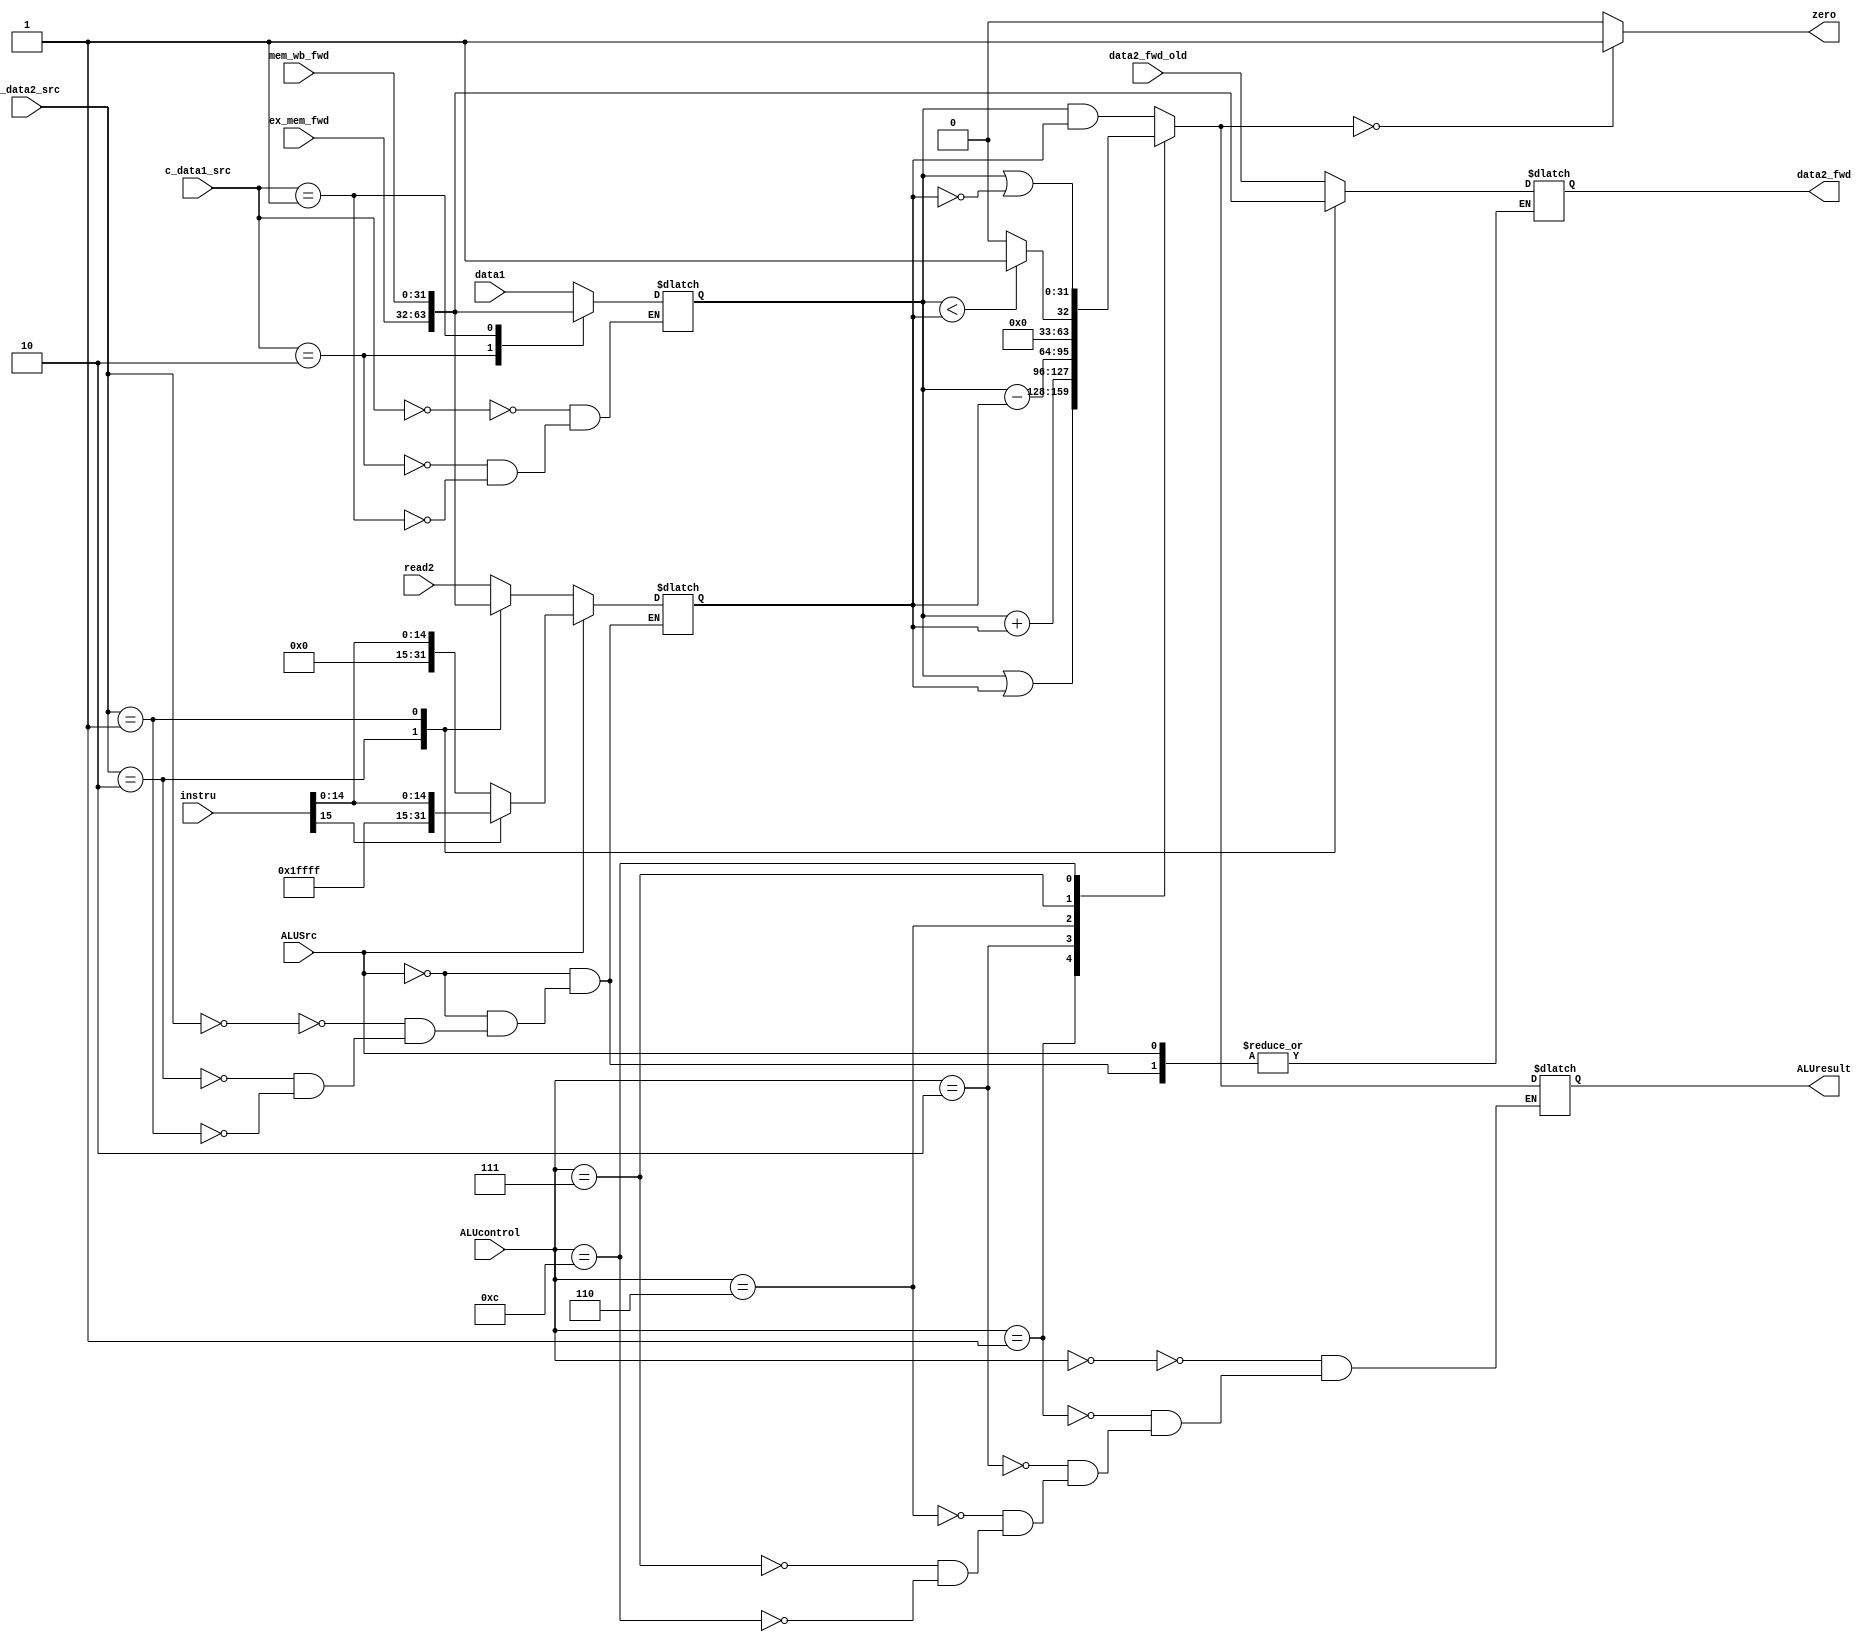
`timescale 1ns / 1ps

module alu(
  input [31:0] data1,
  input [31:0] read2, // candidate for data2
  input [31:0] instru, // candidate for data2; used for sign-extension
  input ALUSrc,
  input [3:0] ALUcontrol,

  input [31:0] ex_mem_fwd, // forwarded data from EX/MEM
  input [31:0] mem_wb_fwd, // forwarded data from MEM/WB
  input [1:0] c_data1_src,
  input [1:0] c_data2_src,

  output reg [31:0] data2_fwd, // connect to DM
  input [31:0] data2_fwd_old,
  output reg zero,
  output reg [31:0] ALUresult
);

  // reg [31:0] data2;
  
  // signextension module for ALU + basic MUX
  // always @(*) begin
  //   if (ALUSrc == 0) begin
  //     data2 = read2;
  //   end else begin
  //     // SignExt[Instru[15:0]]
  //     if (instru[15] == 1'b0) begin
  //       data2 = {16'b0,instru[15:0]};
  //     end else begin
  //       data2 = {{16{1'b1}},instru[15:0]};
  //     end
  //   end
  //   // $display("ALU_data2: 0x%H",data2);
  // end

  reg [31:0] data1_fin;
  reg [31:0] data2_fin;


  always @(*) begin
    case (c_data1_src)
      2'b00: // from current stage
        data1_fin = data1;
      2'b10: // from EX/MEM
        data1_fin = ex_mem_fwd;
      2'b01: // from from MEM/WB
        data1_fin = mem_wb_fwd;
      default:
        ;
        // $display ("Error: data1_src wrong.");
    endcase
    // $display ("FORWARD: SRC1=%d",c_data1_src);
  end

  always @(*) begin
    if (ALUSrc == 0) begin
      case (c_data2_src)
        2'b00: begin// from current stage
          data2_fin = read2;
          data2_fwd = data2_fwd_old;
        end
        2'b10: begin// from EX/MEM
          data2_fin = ex_mem_fwd;
          data2_fwd = data2_fin;
        end
        2'b01: begin// from from MEM/WB
          data2_fin = mem_wb_fwd;
          data2_fwd = data2_fin;
        end
        default:
          ;
          // $display ("Error: data2_src wrong.");
      endcase
      // $display ("FORWARD: SRC2=%d",c_data2_src);
      
    end else begin
      // SignExt[Instru[15:0]]
      if (instru[15] == 1'b0) begin
        data2_fin = {16'b0,instru[15:0]};
      end else begin
        data2_fin = {{16{1'b1}},instru[15:0]};
      end
      // $display("ALU_data2: 0x%H",data2_fin);
      // data2_fwd = data2_fwd_old;
    end
  end

  always @(*) begin
    case (ALUcontrol)
      4'b0000: // AND
        ALUresult = data1_fin & data2_fin;
      4'b0001: // OR
        ALUresult = data1_fin | data2_fin;
      4'b0010: // ADD
        ALUresult = data1_fin + data2_fin;
      4'b0110: // SUB
        ALUresult = data1_fin - data2_fin;
      4'b0111: // SLT
        ALUresult = (data1_fin < data2_fin) ? 1 : 0;
      4'b1100: // NOR
        ALUresult = data1_fin |~ data2_fin;
      default:
        ;
    endcase
    if (ALUresult == 0) begin
      zero = 1;
    end else begin
      zero = 0;
    end
    // $display("ALUcontrol | d1 | d2 | ALU_result: 0x%H | 0x%H | 0x%H | 0x%H",ALUcontrol,data1_fin,data2_fin,ALUresult);
  end

endmodule